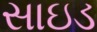
સાઇડ